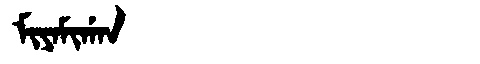
Manchu: ᠮᡳᠶᠠᠮᡳᡤᠠᠨ
Romanization: MIYAMIGAN